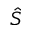
\hat { S }